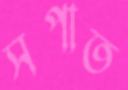
সপাত